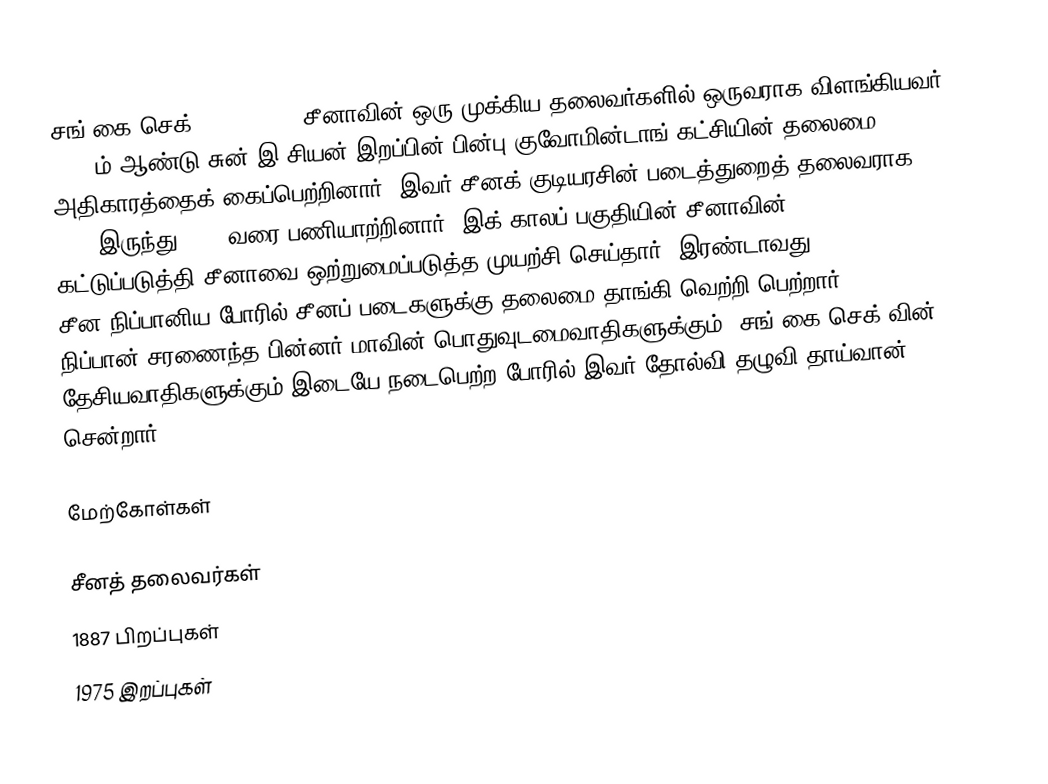
சங் கை செக் (1887–1975) சீனாவின் ஒரு முக்கிய தலைவர்களில் ஒருவராக விளங்கியவர். 1925 ம் ஆண்டு சுன் இ சியன் இறப்பின் பின்பு குவோமின்டாங் கட்சியின் தலைமை அதிகாரத்தைக் கைப்பெற்றினார். இவர் சீனக் குடியரசின் படைத்துறைத் தலைவராக 1928 இருந்து 1948 வரை பணியாற்றினார். இக் காலப் பகுதியின் சீனாவின் warlords கட்டுப்படுத்தி சீனாவை ஒற்றுமைப்படுத்த முயற்சி செய்தார். இரண்டாவது சீன-நிப்பானிய போரில் சீனப் படைகளுக்கு தலைமை தாங்கி வெற்றி பெற்றார். 1945 நிப்பான் சரணைந்த பின்னர் மாவின் பொதுவுடமைவாதிகளுக்கும், சங் கை செக் வின் தேசியவாதிகளுக்கும் இடையே நடைபெற்ற போரில் இவர் தோல்வி தழுவி தாய்வான் சென்றார்.

மேற்கோள்கள்

சீனத் தலைவர்கள்
1887 பிறப்புகள்
1975 இறப்புகள்